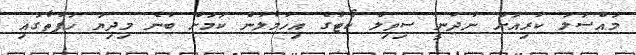
މައްސަލަ ކުރިއަށް ނުދަނީ ސިވިލް ކޯޓުގެ އިހުމާލުން ކަމަށް ބުނެ މިދިޔަ ހަފުތާގައި